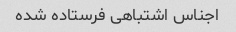
اجناس اشتباهی فرستاده شده